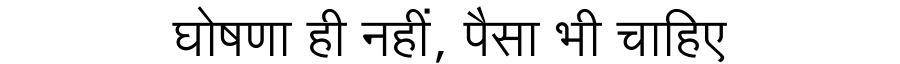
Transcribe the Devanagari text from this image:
घोषणा ही नहीं, पैसा भी चाहिए